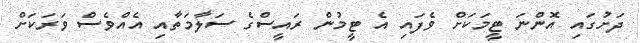
ދަށުގައި އޮންނަ ޓީމަކަށް ވެފައި އެ ޓީމުން ރައީސްގެ ސަލާމަތާއި އެއްވެސް ވަރަކަށް